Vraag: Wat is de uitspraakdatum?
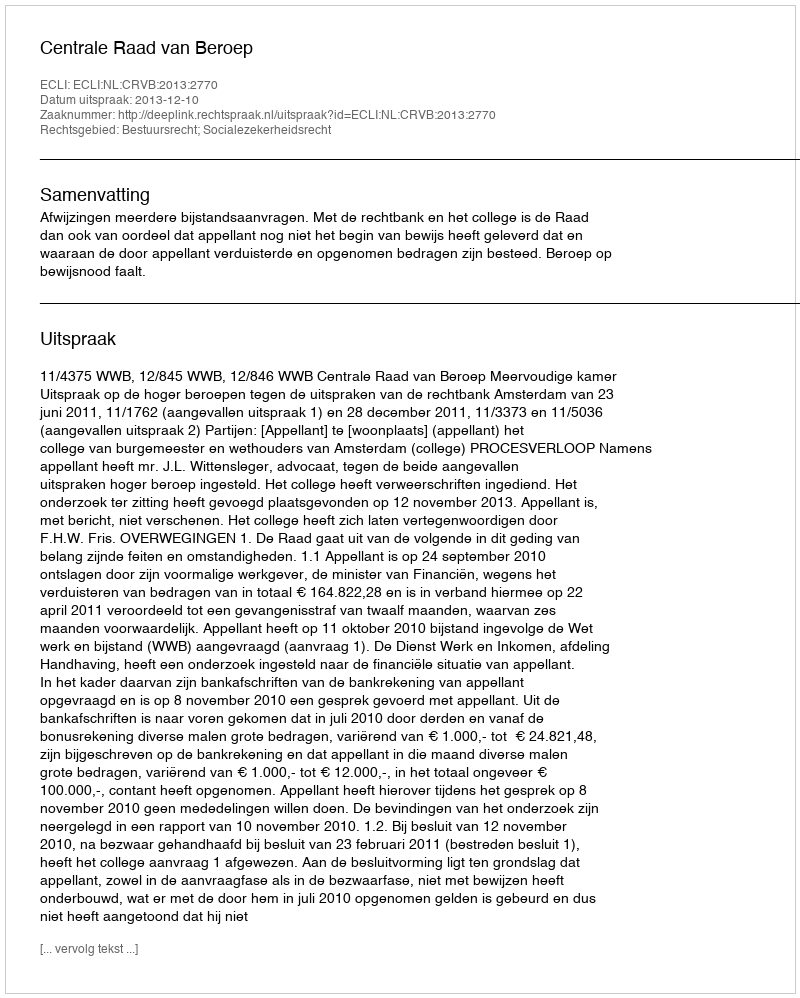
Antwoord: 2013-12-10